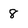
Character: 8